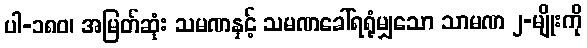
ပါ-၁၈၀၊ အမြတ်ဆုံး သမဏနှင့် သမဏခေါ်ရရုံမျှသော သာမဏ ၂-မျိုးကို